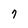
Character: 7